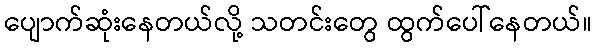
ပျောက်ဆုံးနေတယ်လို့ သတင်းတွေ ထွက်ပေါ်နေတယ်။